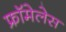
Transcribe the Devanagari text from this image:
फ्रॉमेलेस